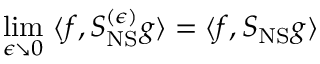
\operatorname * { l i m } _ { \epsilon \searrow 0 } \, \, \langle f , S _ { \mathrm { N S } } ^ { ( \epsilon ) } g \rangle = \langle f , S _ { \mathrm { N S } } g \rangle